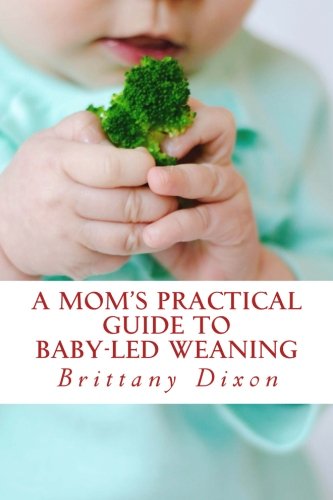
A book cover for A Mom's Practical Guide to Baby-Led Weaning; Brittany Dixon; Cookbooks, Food & Wine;